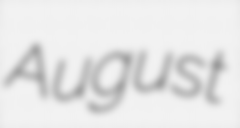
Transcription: August